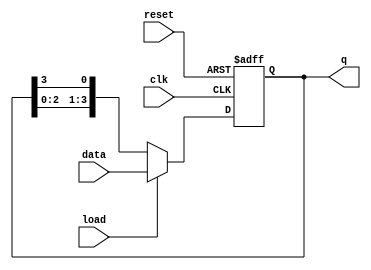
module LoadableRingCounter #(
    parameter n = 4 // Number of bits in the counter
) (
    input wire clk,         // Clock signal
    input wire load,        // Load signal
    input wire reset,       // Reset signal
    input wire [n-1:0] data, // Data input for loading
    output reg [n-1:0] q    // Counter output
);

    // Internal signal to hold the next state
    reg [n-1:0] next_q;

    // Always block for synchronous operations
    always @(posedge clk or posedge reset) begin
        if (reset) begin
            // Reset all flip-flops to 0
            q <= {n{1'b0}};
        end else if (load) begin
            // Load the data into the counter
            q <= data;
        end else begin
            // Ring counter operation
            // Shift the '1' around the ring
            next_q = {q[n-2:0], q[n-1]}; // Shift left
            q <= next_q;
        end
    end

    // Initialize the counter to a known state (optional)
    initial begin
        q = {n{1'b0}}; // All flip-flops reset to 0
    end

endmodule